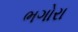
ભગોરા